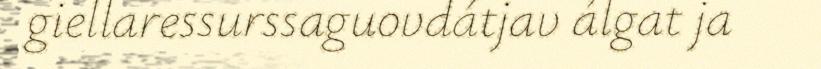
giellaressurssaguovdátjav álgat ja